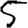
Digit: 5